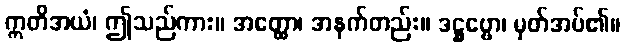
ဣတိအယံ၊ ဤသည်ကား။ အတ္ထော၊ အနက်တည်း။ ဒဋ္ဌဗ္ဗော၊ မှတ်အပ်၏။